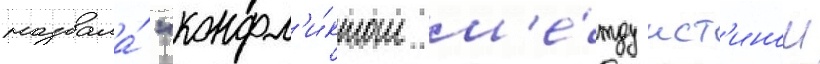
назвала́ "конфл'и́ктом м'е́жду ист'инои